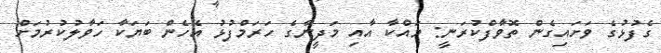
ގެފުޅުގެ ވަށައިގެން ތޮވާފްކުރަނީ: މައްކާ އާއި މަދީނާގެ ހަރަމްފުޅު އެހެން ބަޔަކާ ހަވާލުކުރުމަށް